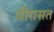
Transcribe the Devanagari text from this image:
वीरासत